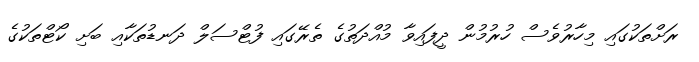
ރަށްތަކުގައި މިހާރުވެސް ހުރުމުން ދީފައިވާ މުއްދަތުގެ ތެރޭގައި ފުޓްސަލް ދަނޑުތަކާއި ބަށި ކޯޓްތަކުގެ